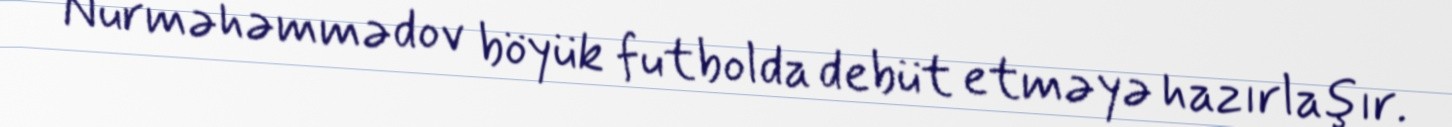
Nurməhəmmədov böyük futbolda debüt etməyə hazırlaşır.